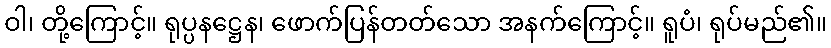
ဝါ၊ တို့ကြောင့်။ ရုပ္ပနဋ္ဌေန၊ ဖောက်ပြန်တတ်သော အနက်ကြောင့်။ ရူပံ၊ ရုပ်မည်၏။